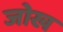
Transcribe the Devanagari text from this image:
जोख